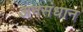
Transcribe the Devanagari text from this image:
अनसंधान